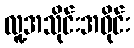
လူ့အသိုင်းအဝိုင်း